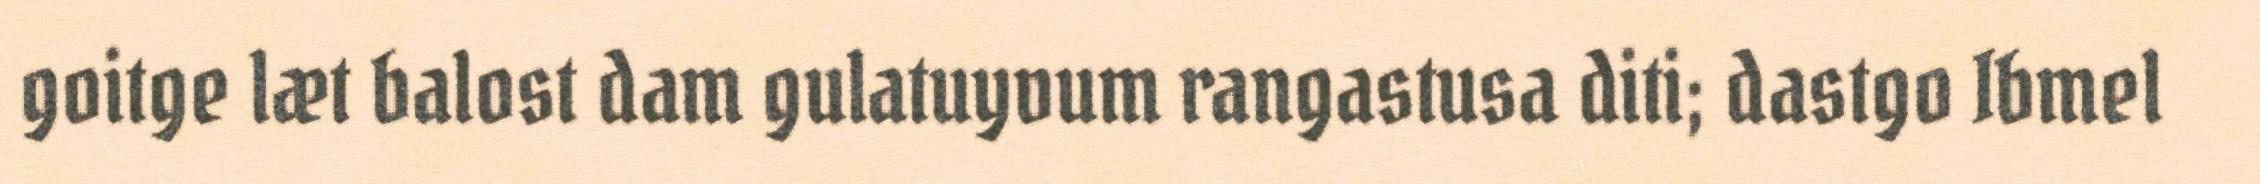
goitge læt balost dam gulatuyvum rangastusa diti; dastgo Ibmel